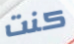
كنت